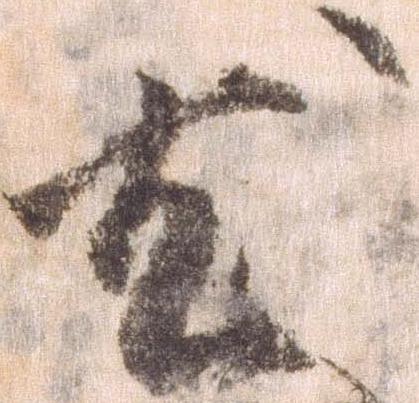
尤